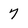
Character: 7